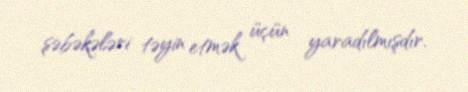
şəbəkələri təyin etmək üçün yaradılmışdır.